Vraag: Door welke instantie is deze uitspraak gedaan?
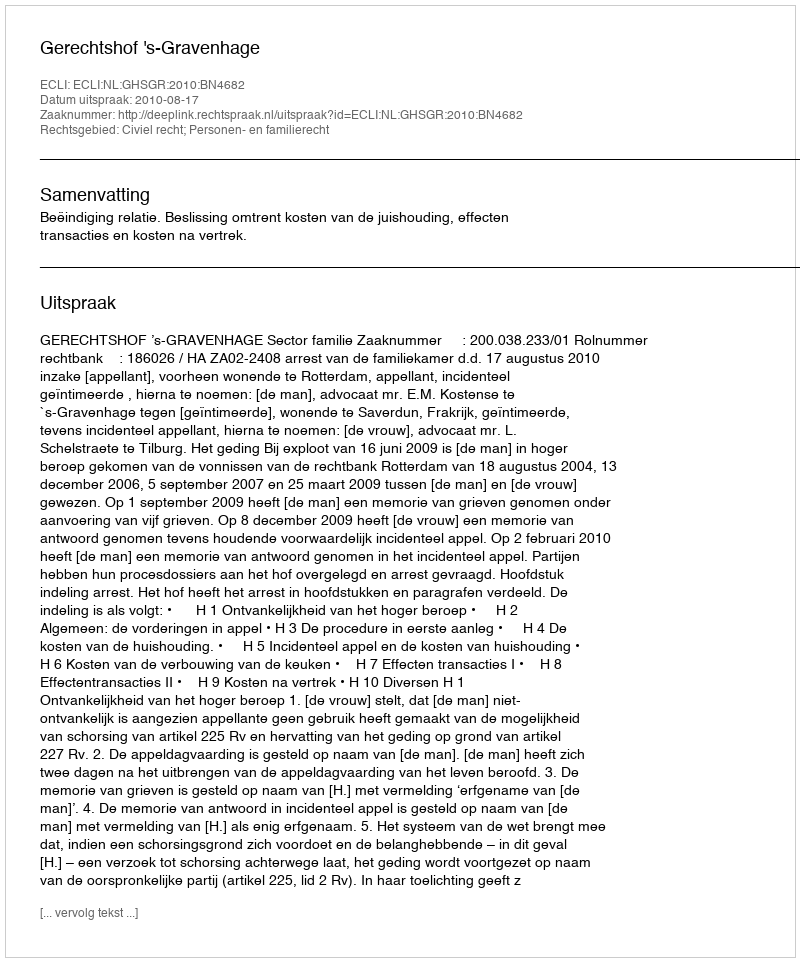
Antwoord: Gerechtshof 's-Gravenhage